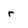
Character: r